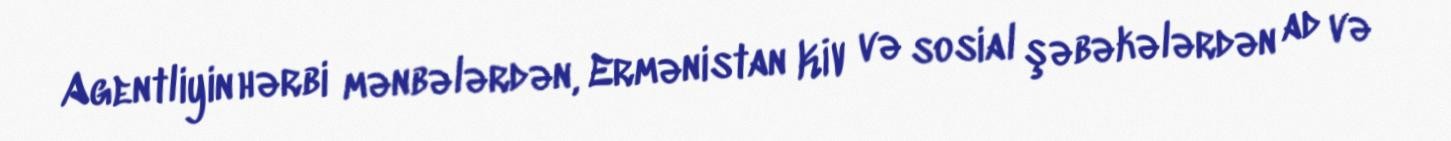
Agentliyin hərbi mənbələrdən, Ermənistan KİV və sosial şəbəkələrdən ad və